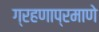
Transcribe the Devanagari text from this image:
ग्रहणाप्रमाणे